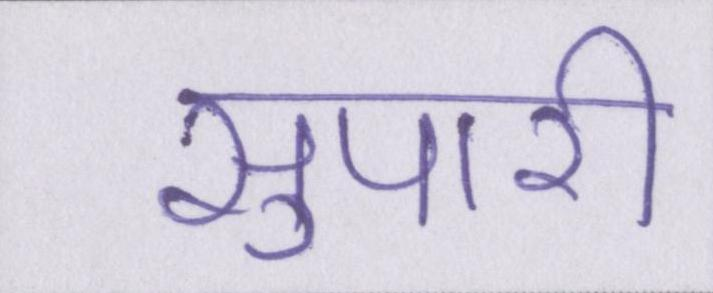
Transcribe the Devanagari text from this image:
सुपारी